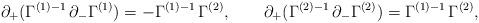
LaTeX: \begin{align*}\partial_+ (\Gamma^{(1)-1} \, \partial_- \Gamma^{(1)}) = -\Gamma^{(1)-1} \, \Gamma^{(2)}, \qquad \partial_+(\Gamma^{(2)-1} \, \partial_- \Gamma^{(2)}) = \Gamma^{(1)-1} \,\Gamma^{(2)}, \end{align*}